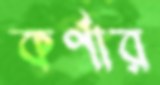
কর্ণার